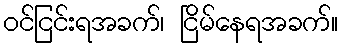
ဝင်ငြင်းရအခက်၊ ငြိမ်နေရအခက်။